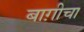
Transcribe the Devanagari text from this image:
बाग़ीचा